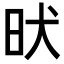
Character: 𣅤